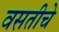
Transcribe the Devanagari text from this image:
वसतीचे